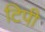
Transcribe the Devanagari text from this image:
टिपी